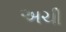
અચી